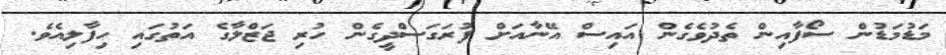
މަޑުމަޑުން ސޯފާއިން ތެދުވެގެން އައިސް އޭނާއަށް ފުރަގަސްދީގެން ހުރި ޖަޒްލާގެ އަތުގައި ހިފާލިއެވެ.